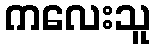
ကလေးသူ